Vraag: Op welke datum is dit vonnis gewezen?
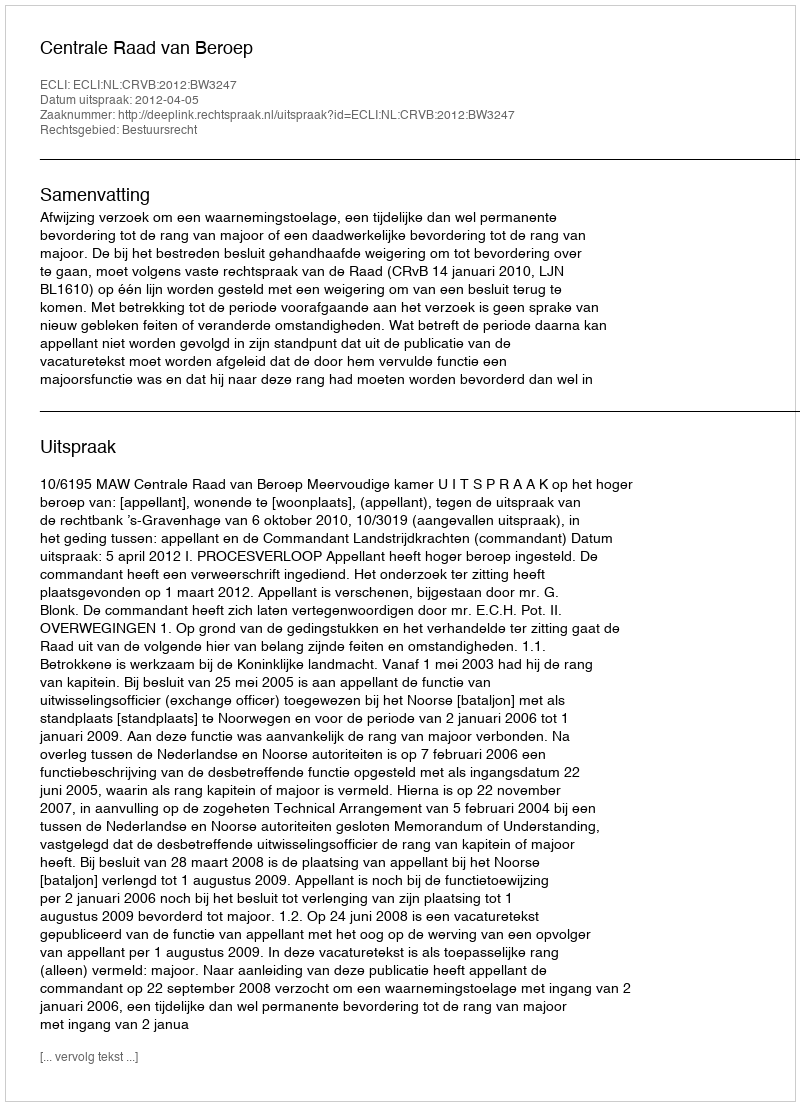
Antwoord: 2012-04-05